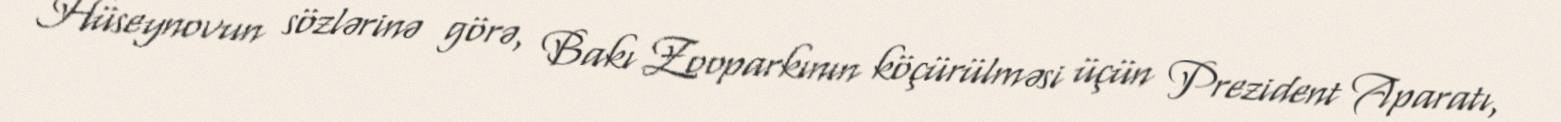
Hüseynovun sözlərinə görə, Bakı Zooparkının köçürülməsi üçün Prezident Aparatı,